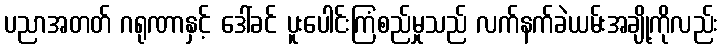
ပညာအတတ် ဂရုဏာနှင့် ဒေါ်ခင် ပူးပေါင်းကြံစည်မှုသည် လက်နက်ခဲယမ်းအချို့ကိုလည်း